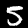
Digit: 5